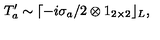
T _ { a } ^ { \prime } \sim \lceil - i \sigma _ { a } / 2 \otimes 1 _ { 2 \times 2 } \rfloor _ { L } ,